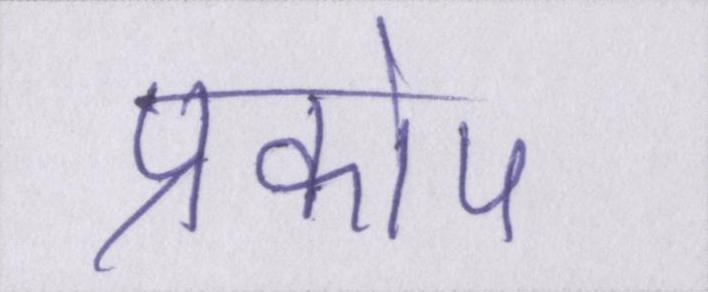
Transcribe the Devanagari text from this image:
प्रकोप